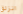
انزلق